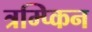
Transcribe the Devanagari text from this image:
त्रम्प्किन